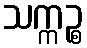
သက္ကဉ္စ